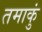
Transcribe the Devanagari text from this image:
तमाकुं